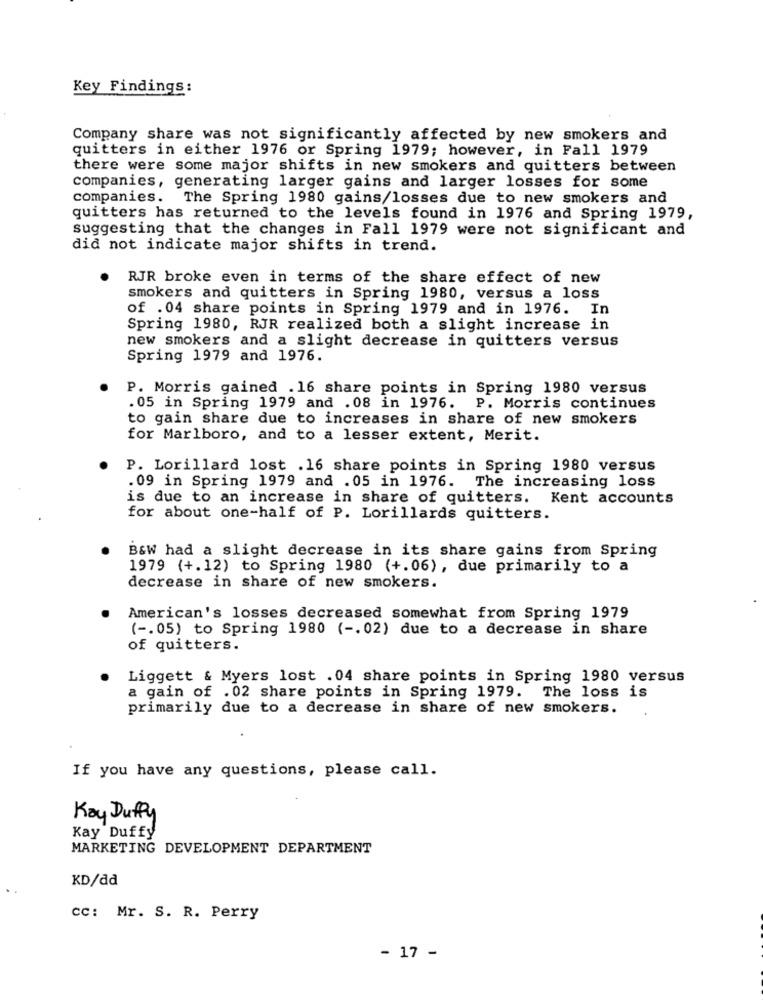
Key Findings:
Company share was not significantly affected by new smokers and
quitters in either 1976 or Spring 1979; however, in Fall 1979
there were some major shifts in new smokers and quitters between
companies, generating larger gains and larger losses for some
companies.
The Spring 1980 gains/losses due to new smokers and
quitters has returned to the levels found in 1976 and Spring 1979,
suggesting that the changes in Fall 1979 were not significant and
did not indicate major shifts in trend.
RJR broke even in terms of the share effect of new
smokers and quitters in Spring 1980, versus a loss
of . 04 share points in Spring 1979 and in 1976. In
Spring 1980, RJR realized both a slight increase in
new smokers and a slight decrease in quitters versus
Spring 1979 and 1976.
P. Morris gained .16 share points in Spring 1980 versus
. 05 in Spring 1979 and .08 in 1976. P. Morris continues
to gain share due to increases in share of new smokers
for Marlboro, and to a lesser extent, Merit.
P. Lorillard lost .16 share points in Spring 1980 versus
.09 in Spring 1979 and .05 in 1976. The increasing loss
is due to an increase in share of quitters. Kent accounts
for about one-half of P. Lorillards quitters.
B&W had a slight decrease in its share gains from Spring
1979 (+.12) to Spring 1980 (+.06), due primarily to a
decrease in share of new smokers.
American's losses decreased somewhat from Spring 1979
( -. 05) to Spring 1980 ( -. 02) due to a decrease in share
of quitters.
Liggett & Myers lost . 04 share points in Spring 1980 versus
a gain of .02 share points in Spring 1979. The loss is
primarily due to a decrease in share of new smokers.
If you have any questions, please call.
Kay Duffy
Kay Duffy
MARKETING DEVELOPMENT DEPARTMENT
KD/dd
cc: Mr. S. R. Perry
- 17 -